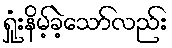
ရှုံးနိမ့်ခဲ့သော်လည်း